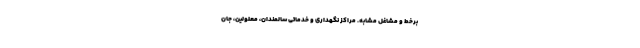
برخط و مشاغل مشابه. مراکز نگهداری و خدماتی سالمندان، معلولین، جان